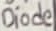
Text: Diode